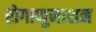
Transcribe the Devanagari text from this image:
रोगाणुनाशन